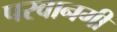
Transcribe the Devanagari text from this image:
परवानगी